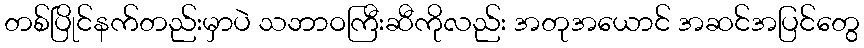
တစ်ပြိုင်နက်တည်းမှာပဲ သဘာဝကြီးဆီကိုလည်း အတုအယောင် အဆင်အပြင်တွေ